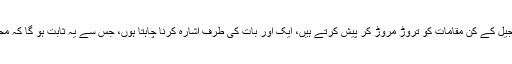
میں اس بحث میں جائے بغیر کے مسلمان اس ضمن میں اپنی مانی ہوئی تحریف شدہ کتب توریت و انجیل کے کن مقامات کو تروڑ مروڑ کر پیش کرتے ہیں، ایک اور بات کی طرف اشارہ کرنا چاہتا ہوں، جس سے یہ ثابت ہو گا کہ محمد صلعم اپنے دعویٰ نبوت کی طرح اس دوسرے دعویٰ میں بھی کبھی کوئی دلیل پیش نہ کر سکے۔